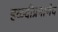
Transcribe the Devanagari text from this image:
हळदीप्रमाणेच